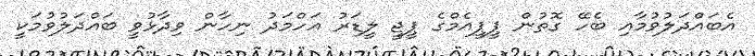
އެބައްދަލުވުމާއި ބެހޭ ގޮތުން ޕީޕީއެމްގެ ޕީޖީ ލީޑަރު އަހްމަދު ނިހާން ވިދާޅުވީ ބައްދަލުވުމަކީ